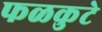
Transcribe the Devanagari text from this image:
फळकुटे